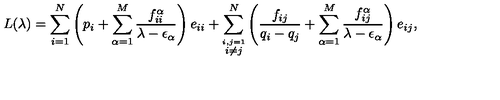
L ( \lambda ) = \sum \sb { i = 1 } \sp N \left( p \sb i + \sum \sb { \alpha = 1 } \sp M { \frac { f \sb { i i } \sp \alpha } { \lambda - \epsilon \sb \alpha } } \right) e \sb { i i } + \sum \sb { \stackrel { i , j = 1 } { i \neq j } } \sp N \left( { \frac { f \sb { i j } } { q \sb i - q \sb j } } + \sum \sb { \alpha = 1 } \sp M { \frac { f \sb { i j } \sp \alpha } { \lambda - \epsilon \sb \alpha } } \right) e \sb { i j } ,